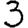
Digit: 3